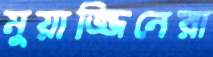
মুয়াজ্জিনেরা